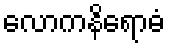
လောကနိရောဓံ